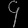
Digit: ၄